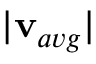
| \mathbf { v } _ { a v g } |